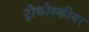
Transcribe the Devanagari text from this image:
ट्रोकोस्फीयर